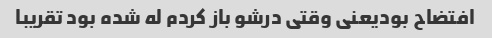
افتضاح بودیعنی وقتی درشو باز کردم له شده بود تقریبا